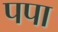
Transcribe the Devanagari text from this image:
पपा